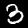
Digit: 3